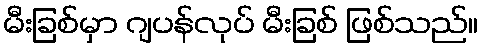
မီးခြစ်မှာ ဂျပန်လုပ် မီးခြစ် ဖြစ်သည်။